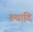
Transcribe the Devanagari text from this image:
रुधादि